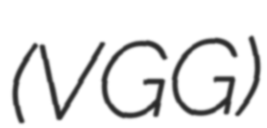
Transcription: (VGG)